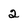
Character: 2